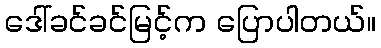
ဒေါ်ခင်ခင်မြင့်က ပြောပါတယ်။